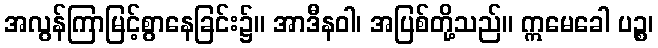
အလွန်ကြာမြင့်စွာနေခြင်း၌။ အာဒီနဝါ၊ အပြစ်တို့သည်။ ဣမေခေါ ပဉ္စ၊